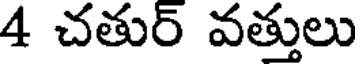
4 చతుర్ వత్తులు